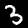
Digit: 3